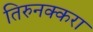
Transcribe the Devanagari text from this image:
तिरुनक्करा